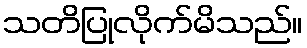
သတိပြုလိုက်မိသည်။